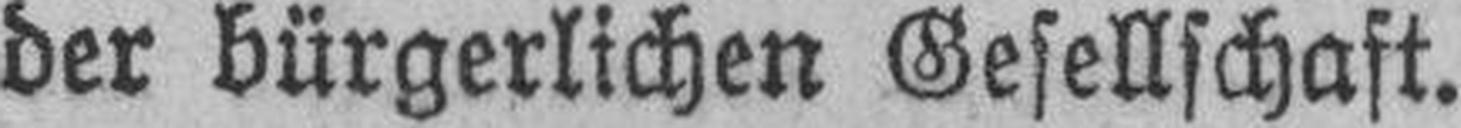
der bürgerlichen Gesellschaft.